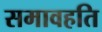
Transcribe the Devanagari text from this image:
समावहति